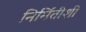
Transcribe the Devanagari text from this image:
निर्मितीशी